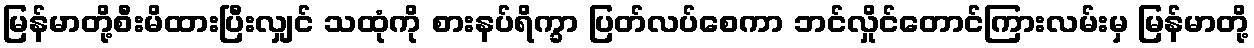
မြန်မာတို့စီးမိထားပြီးလျှင် သထုံကို စားနပ်ရိက္ခာ ပြတ်လပ်စေကာ ဘင်လှိုင်တောင်ကြားလမ်းမှ မြန်မာတို့